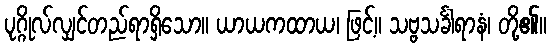
ပုဂ္ဂိုလ်လျှင်တည်ရာရှိသော။ ယာယကထာယ၊ ဖြင့်။ သဗ္ဗသင်္ခါရာနံ၊ တို့၏။